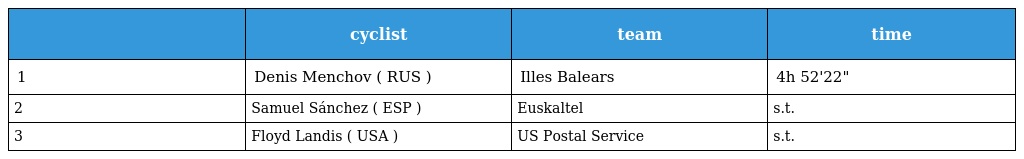
|  | cyclist | team | time |
 | --- | --- | --- | --- |
 | 1 | Denis Menchov ( RUS ) | Illes Balears | 4h 52'22" |
 | 2 | Samuel Sánchez ( ESP ) | Euskaltel | s.t. |
 | 3 | Floyd Landis ( USA ) | US Postal Service | s.t. |